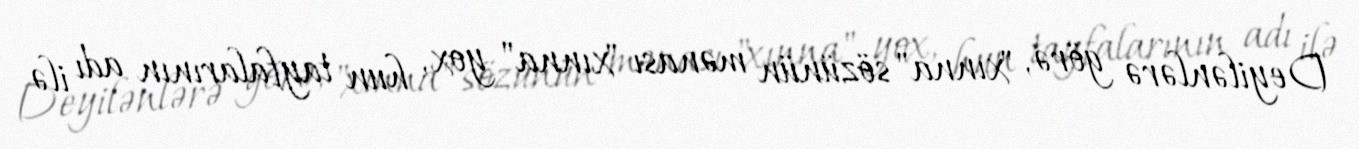
Deyilənlərə görə, "xınna" sözünün mənası "xınna" yox, hun tayfalarının adı ilə